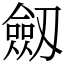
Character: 劔